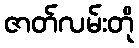
ဇာတ်လမ်းတို